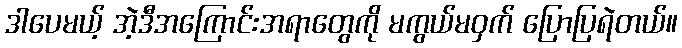
ဒါပေမယ့် အဲ့ဒီအကြောင်းအရာတွေကို မကွယ်မဝှက် ပြောပြရဲတယ်။